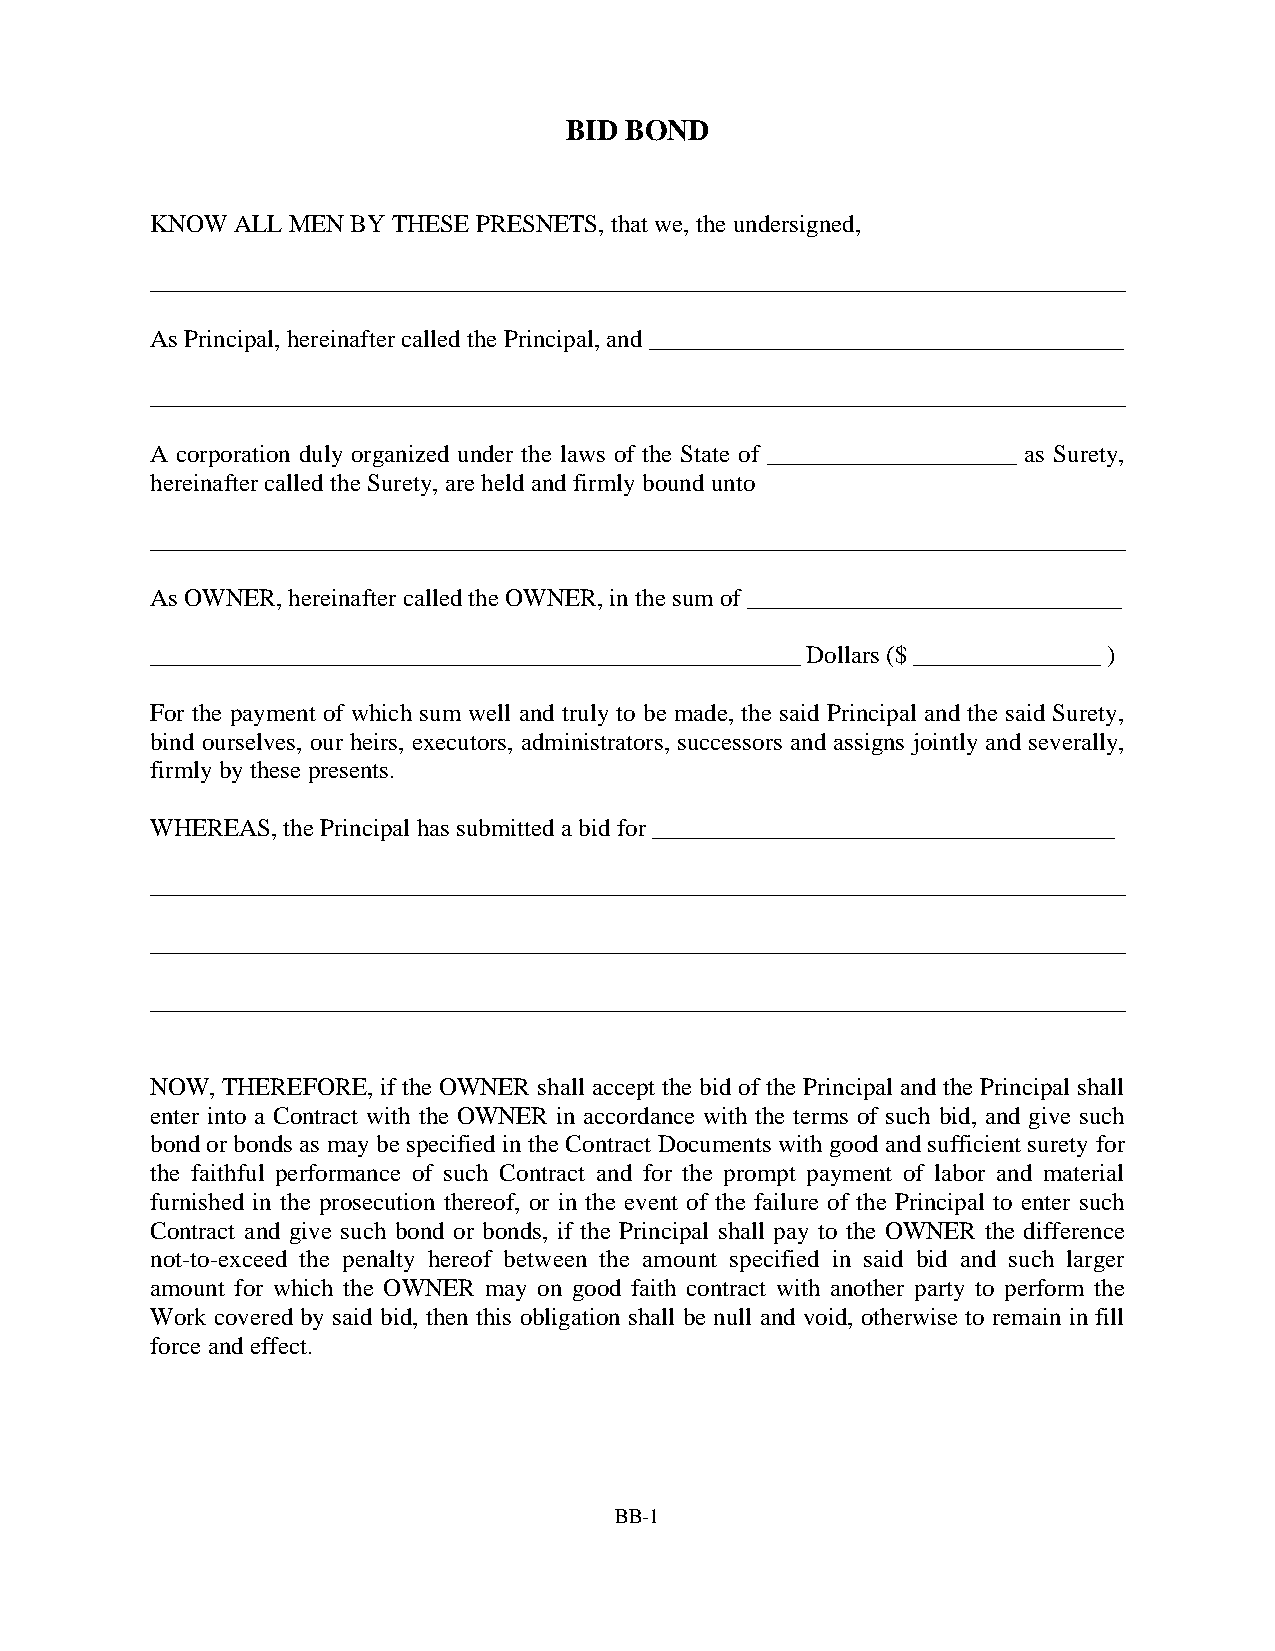
BID BOND
 KNOW ALL MEN BY THESE PRESNETS, that we, the undersigned,
 ______________________________________________________________________________
 As Principal, hereinafter called the Principal, and ______________________________________
 ______________________________________________________________________________
 A corporation duly organized under the laws of the State of ____________________ as Surety,
 hereinafter called the Surety, are held and firmly bound unto
 ______________________________________________________________________________
 As OWNER, hereinafter called the OWNER, in the sum of ______________________________
 ____________________________________________________ Dollars ($ _______________ )
 For the payment of which sum well and truly to be made, the said Principal and the said Surety,
 bind ourselves, our heirs, executors, administrators, successors and assigns jointly and severally,
 firmly by these presents.
 WHEREAS, the Principal has submitted a bid for _____________________________________
 ______________________________________________________________________________
 ______________________________________________________________________________
 ______________________________________________________________________________
 NOW, THEREFORE, if the OWNER shall accept the bid of the Principal and the Principal shall
 enter into a Contract with the OWNER in accordance with the terms of such bid, and give such
 bond or bonds as may be specified in the Contract Documents with good and sufficient surety for
 the faithful performance of such Contract and for the prompt payment of labor and material
 furnished in the prosecution thereof, or in the event of the failure of the Principal to enter such
 Contract and give such bond or bonds, if the Principal shall pay to the OWNER the difference
 not-to-exceed the penalty hereof between the amount specified in said bid and such larger
 amount for which the OWNER may on good faith contract with another party to perform the
 Work covered by said bid, then this obligation shall be null and void, otherwise to remain in fill
 force and effect.
 BB-1